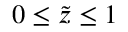
0 \leq \tilde { z } \leq 1